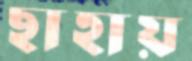
ছাহায়